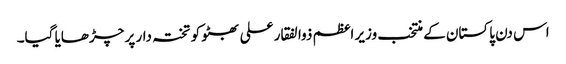
اس دن پاکستان کے منتخب وزیر اعظم ذوالفقار علی بھٹو کو تختہ دار پر چڑھایا گیا۔